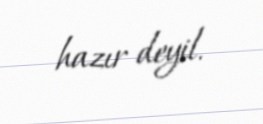
hazır deyil.